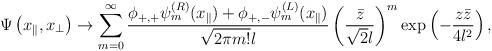
LaTeX: \begin{align*}\Psi\left(x_{\parallel},x_{\perp}\right)\to\sum_{m=0}^{\infty}\frac{\phi_{+,+}\psi^{(R)}_{m} (x_{\parallel})+\phi_{+,-}\psi^{(L)}_{m} (x_{\parallel}) }{\sqrt{2\pi m!} l} \left(\frac{\bar{z}}{\sqrt{2}l}\right)^{m}\exp\left(-\frac{z\bar{z}}{4l^2}\right) ,\end{align*}